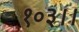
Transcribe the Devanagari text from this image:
१०३।।